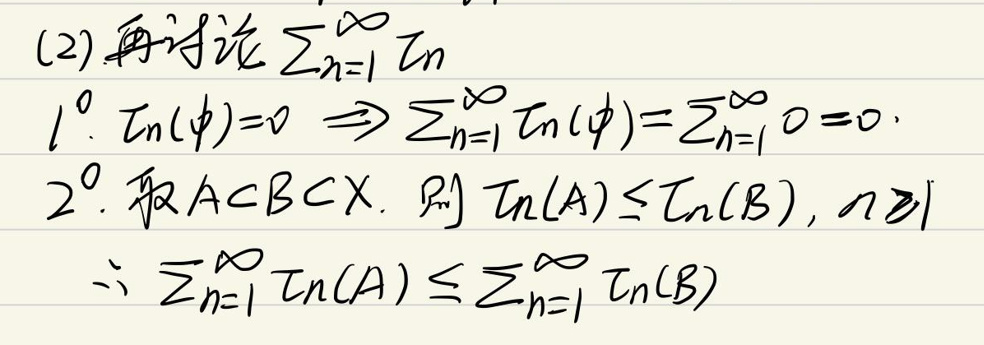
(2) 再讨论\(\sum_{n = 1}^{\infty}T_n\)

1\(^{\circ}\). \(T_n(\varnothing)=0\Rightarrow\sum_{n = 1}^{\infty}T_n(\varnothing)=\sum_{n = 1}^{\infty}0 = 0\)

2\(^{\circ}\). 若\(A\subset B\subset X\), 则\(T_n(A)\leq T_n(B)\), \(n\geq1\)

\(\therefore\sum_{n = 1}^{\infty}T_n(A)\leq\sum_{n = 1}^{\infty}T_n(B)\)